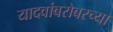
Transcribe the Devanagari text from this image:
यादवांबरोबरच्या